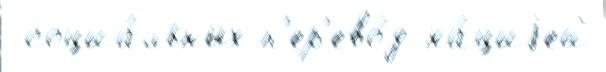
 социа́льных п'ер'ево́д на́циjей